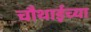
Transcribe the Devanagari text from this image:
चौथाईच्या